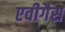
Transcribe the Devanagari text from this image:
एवीगैस